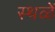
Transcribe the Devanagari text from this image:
स्थळें